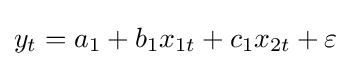
y_{t}=a_{1}+b_{1}x_{1t}+c_{1}x_{2t}+\varepsilon